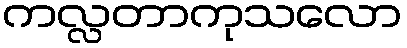
ကလ္လတာကုသလော